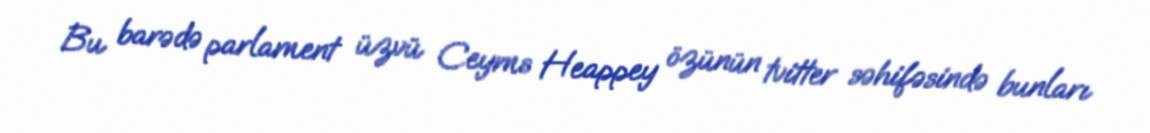
Bu barədə parlament üzvü Ceyms Heappey özünün tvitter səhifəsində bunları